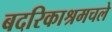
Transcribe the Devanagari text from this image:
बदरिकाश्रमचले